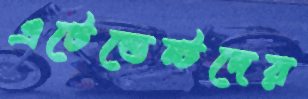
এটেন্ডেন্টদের